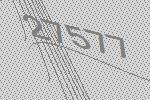
27577